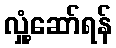
လှုံ့ဆော်ရန်